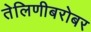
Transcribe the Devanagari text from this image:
तेलिणीबरोबर